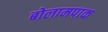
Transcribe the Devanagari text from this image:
बोलामपाक